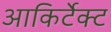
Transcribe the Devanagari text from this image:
आकिर्टेक्ट